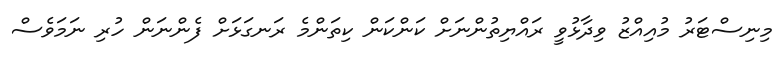
މިނިސްޓަރު މުއިއްޒު ވިދާޅުވީ ރައްޔިތުންނަށް ކަންކަން ކިތަންމެ ރަނގަޅަށް ފެންނަން ހުރި ނަމަވެސް